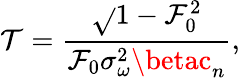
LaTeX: \mathcal{T}=\frac{{\sqrt{}{{1-\mathcal{{F}}_{0}^{2}}}}}{{\mathcal{{F}}_{0}\sigma_{\omega}^{2}\betac_{n}}},